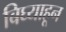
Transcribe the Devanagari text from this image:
बिघ्याहून